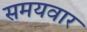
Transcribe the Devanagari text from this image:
समयवार